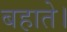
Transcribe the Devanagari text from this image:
बहाते।